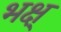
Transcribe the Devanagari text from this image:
भक्ष्